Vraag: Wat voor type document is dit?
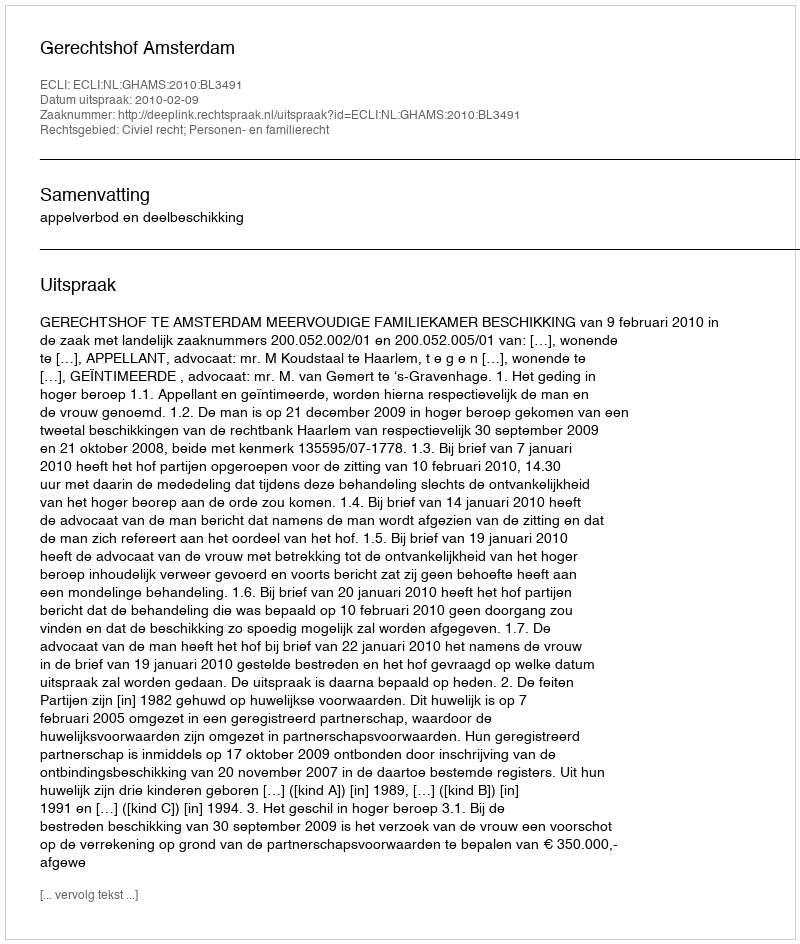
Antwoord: Uitspraak